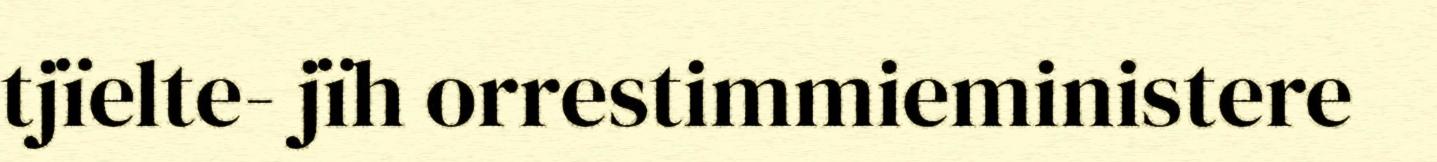
tjïelte- jïh orrestimmieministere